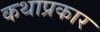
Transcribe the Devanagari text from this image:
कथाप्रकार